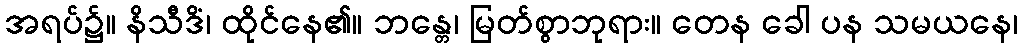
အရပ်၌။ နိသီဒိံ၊ ထိုင်နေ၏။ ဘန္တေ၊ မြတ်စွာဘုရား။ တေန ခေါ ပန သမယနေ၊